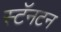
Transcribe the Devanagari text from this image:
स्टॅनटन